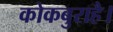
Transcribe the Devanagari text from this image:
कोकबुराहै।